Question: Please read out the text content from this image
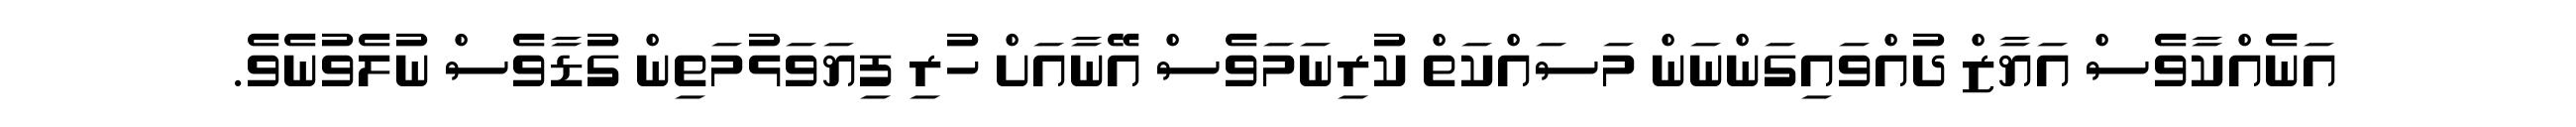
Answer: އަނެއްކާވެސް އަޔާޒް ދުއްވައިގަންނަން މަސައްކަތް ކުރިނަމަވެސް އޭނާއަށް ހުރި ފިޔަވަޅުމަތިން ގުޑާވެސް ނުލެވުނެވެ.